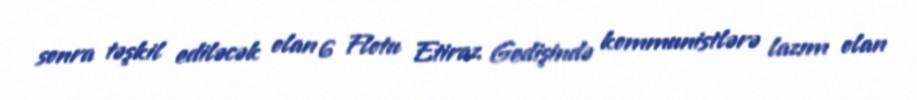
sonra təşkil ediləcək olan 6 Flotu Etiraz Gedişində kommunistlərə lazım olan